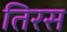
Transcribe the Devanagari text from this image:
तिरस